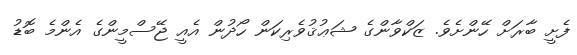
ފެށީ ބާރަށް ހޭންށެވެ. ޒަކްވާންގެ ޝަޢުޤުވެރިކަން ހޯދުން އެއީ ޖޭސްމީންގެ އެންމެ ބޮޑު